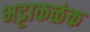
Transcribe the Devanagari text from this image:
भट्टाकळंक